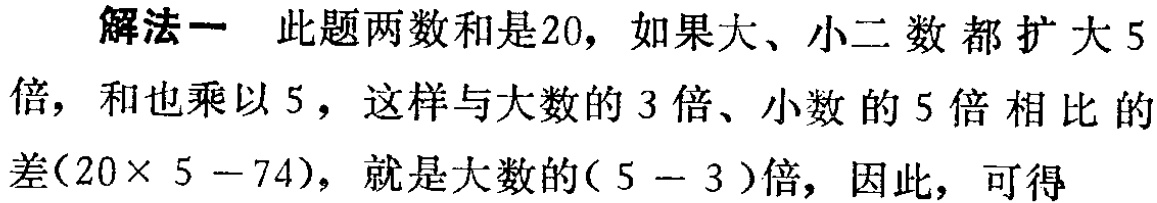
解法一 此题两数和是20，如果大、小二数都扩大5倍，和也乘以5，这样与大数的3倍、小数的5倍相比的差($20\times 5 - 74$)，就是大数的($5 - 3$)倍，因此，可得